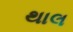
થાલ